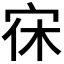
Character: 𭓭